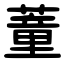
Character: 蕫